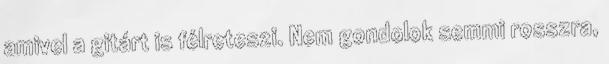
amivel a gitárt is félreteszi. Nem gondolok semmi rosszra,